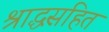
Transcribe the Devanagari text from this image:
श्राद्धसहित